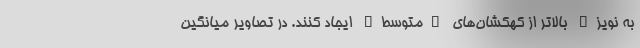
به نویز" بالاتر از کهکشان‌های "متوسط" ایجاد کنند. در تصاویر میانگین